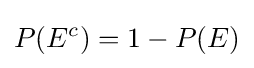
P(E^{c})=1-P(E)